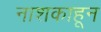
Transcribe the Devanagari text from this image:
नाशकाहून